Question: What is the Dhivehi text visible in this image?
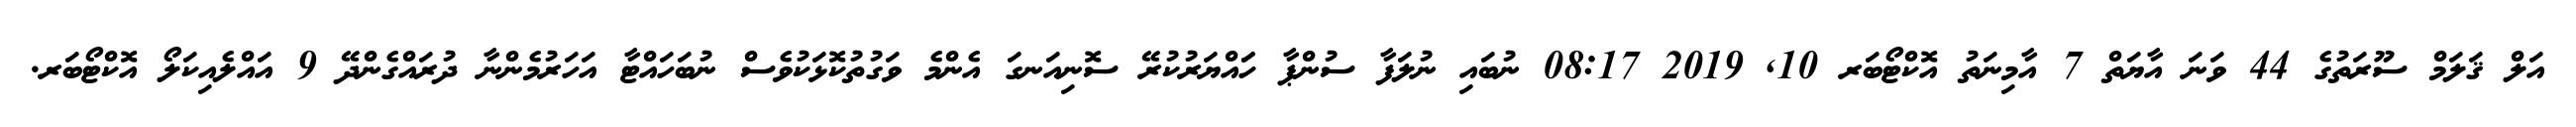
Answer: އަލް ޤަލަމް ސޫރަތުގެ 44 ވަނަ އާޔަތް 7 އާމިނަތު އޮކްޓޯބަރ 10, 2019 08:17 ނުބައި ނުލަފާ ސުންޕާ ހަައްޔަރުކުރޭ ސޮނިއަނގަ އެންމެ ވަގުތުކޮޅަކުވެސް ނުބަހައްޓާ އަހަރުމެންނާ ދުރައްގެންދޭ 9 އައްލެއިކަލޯ އޮކްޓޯބަރ.